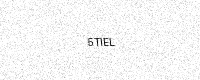
Text: 5TIEL